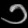
Digit: ၁